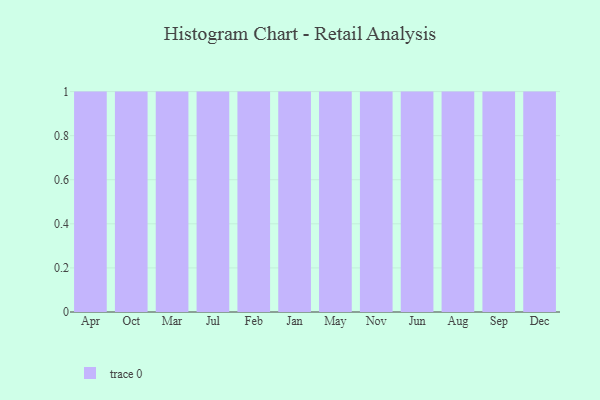
{"axis": {"x": "Month", "y": "Net Income (USD K)"}, "legend": [""], "data": [{"x": "Apr", "y": 33, "type": ""}, {"x": "Oct", "y": 9, "type": ""}, {"x": "Mar", "y": 50, "type": ""}, {"x": "Jul", "y": 86, "type": ""}, {"x": "Feb", "y": 63, "type": ""}, {"x": "Jan", "y": 75, "type": ""}, {"x": "May", "y": 89, "type": ""}, {"x": "Nov", "y": 50, "type": ""}, {"x": "Jun", "y": 82, "type": ""}, {"x": "Aug", "y": 26, "type": ""}, {"x": "Sep", "y": 43, "type": ""}, {"x": "Dec", "y": 19, "type": ""}]}